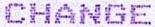
CHANGE